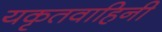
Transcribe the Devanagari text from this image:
यकृतवाहिनी